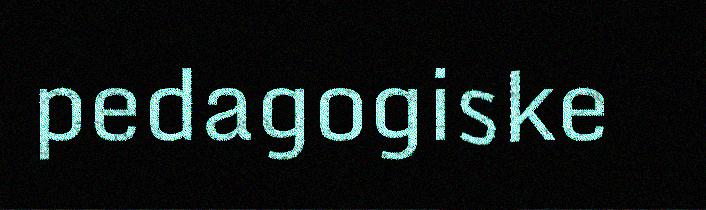
pedagogiske